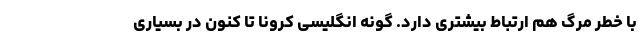
با خطر مرگ هم ارتباط بیشتری دارد. گونه انگلیسی کرونا تا کنون در بسیاری